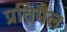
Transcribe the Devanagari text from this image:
प्रतिमैल